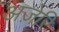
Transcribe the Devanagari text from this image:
अज़ेरि